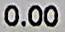
0.00